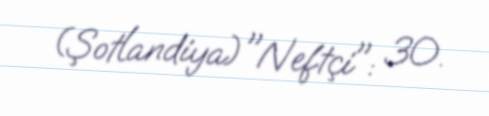
(Şotlandiya)"Neftçi": 30.